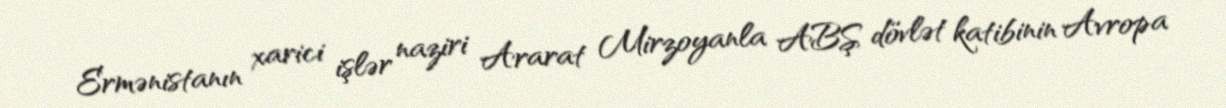
Ermənistanın xarici işlər naziri Ararat Mirzoyanla ABŞ dövlət katibinin Avropa